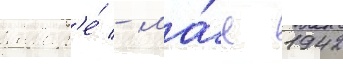
январ'е́ - ма́е 1942